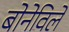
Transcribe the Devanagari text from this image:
बोनेविले